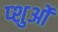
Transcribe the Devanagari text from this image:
प्शुओं